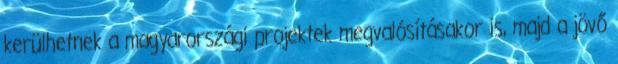
kerülhetnek a magyarországi projektek megvalósításakor is, majd a jövő